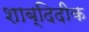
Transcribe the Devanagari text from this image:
शाब्दिदीक